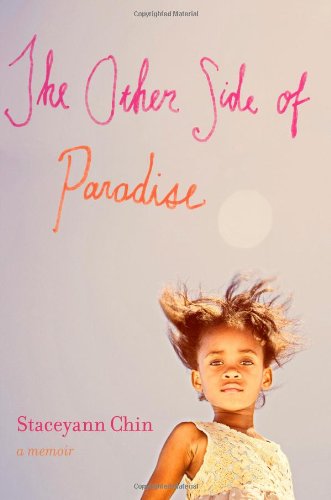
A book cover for The Other Side of Paradise: A Memoir; Staceyann Chin; Gay & Lesbian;